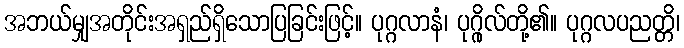
အဘယ်မျှအတိုင်းအရှည်ရှိသောပြခြင်းဖြင့်။ ပုဂ္ဂလာနံ၊ ပုဂ္ဂိုလ်တို့၏။ ပုဂ္ဂလပညတ္တိ၊